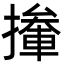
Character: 撪